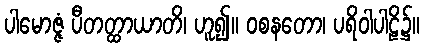
ပါမောဇ္ဇံ ပီတတ္ထာယာတိ၊ ဟူ၍။ ဝစနတော၊ ပရိဝါပါဠိ၌။